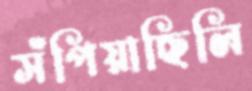
সঁপিয়াছিলি